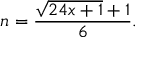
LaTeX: n = { \frac { { \sqrt { 2 4 x + 1 } } + 1 } { 6 } } .